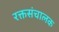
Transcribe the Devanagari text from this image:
रक्तसंचालक